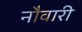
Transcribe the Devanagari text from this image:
नौवारी